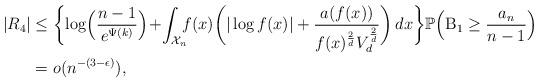
LaTeX: \begin{align*}|R_4| &\leq \biggl\{ \log \Bigl(\frac{n-1}{e^{\Psi(k)}}\Bigr) \! + \! \int_{\mathcal{X}_n} \! \! \! f(x) \biggl( |\log f(x)| + \frac{a(f(x))}{f(x)^{\frac{2}{d}}V_d^{\frac{2}{d}}} \biggr) \, dx \biggr\} \mathbb{P}\Bigl(\mathrm{B}_1 \geq \frac{a_n}{n-1}\Bigr) \\&=o(n^{-(3-\epsilon)}),\end{align*}